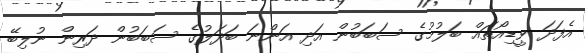
އެފަދަ ވީޑިއޯތައް ބަލުމުގެ ސަބަބުން އަދި އަންނަ ބަދަލުގެ ސަބަބުން ދަރިން ނުލިބޭ